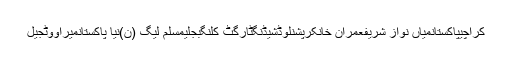
کراچیپاکستانمیاں نواز شریفعمران خانکرپشنلوڈشیڈنگٹارگٹ کلنگبجلیمسلم لیگ (ن)نیا پاکستانمیراووٹجیل